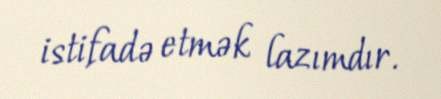
istifadə etmək lazımdır.